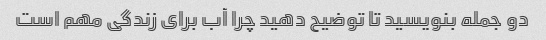
دو جمله بنویسید تا توضیح دهید چرا آب برای زندگی مهم است